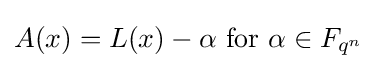
A(x)=L(x)-\alpha {\text{ for }}\alpha \in F_{q^{n}}